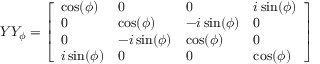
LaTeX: Y Y _ { \phi } = { \left[ \begin{array} { l l l l } { \cos ( \phi ) } & { 0 } & { 0 } & { i \sin ( \phi ) } \\ { 0 } & { \cos ( \phi ) } & { - i \sin ( \phi ) } & { 0 } \\ { 0 } & { - i \sin ( \phi ) } & { \cos ( \phi ) } & { 0 } \\ { i \sin ( \phi ) } & { 0 } & { 0 } & { \cos ( \phi ) } \end{array} \right] }